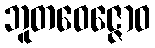
ဘူတဝေဇ္ဇောဝ